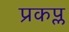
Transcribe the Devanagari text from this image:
प्रकप्ल